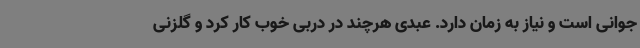
جوانی است و نیاز به زمان دارد. عبدی هرچند در دربی خوب کار کرد و گلزنی